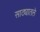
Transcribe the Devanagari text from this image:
साठ्यातले